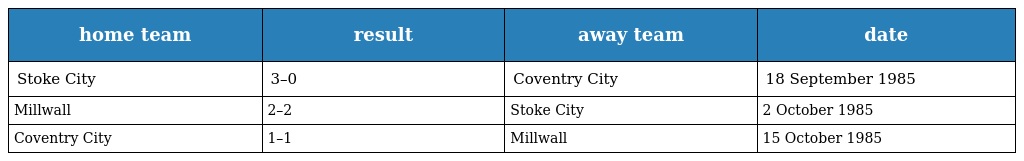
| home team | result | away team | date |
 | --- | --- | --- | --- |
 | Stoke City | 3–0 | Coventry City | 18 September 1985 |
 | Millwall | 2–2 | Stoke City | 2 October 1985 |
 | Coventry City | 1–1 | Millwall | 15 October 1985 |